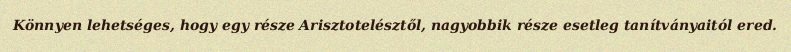
Könnyen lehetséges, hogy egy része Arisztotelésztől, nagyobbik része esetleg tanítványaitól ered.